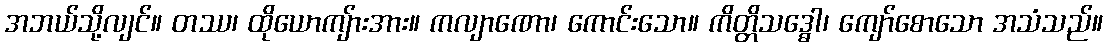
အဘယ်သို့လျင်။ တဿ၊ ထိုယောကျ်ားအား။ ကလျာဏော၊ ကောင်းသော။ ကိတ္တိသဒ္ဓေါ၊ ကျော်စောသော အသံသည်။